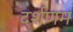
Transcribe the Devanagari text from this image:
दर्शणम